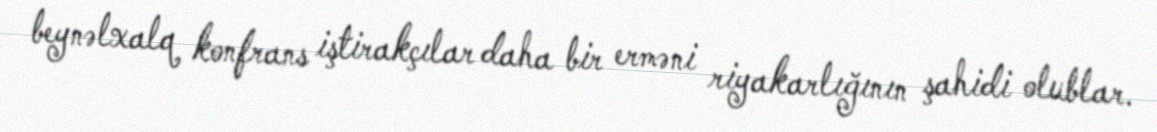
beynəlxalq konfrans iştirakçılar daha bir erməni riyakarlığının şahidi olublar.